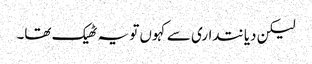
لیکن دیانتداری سے کہوں تو یہ ٹھیک تھا۔